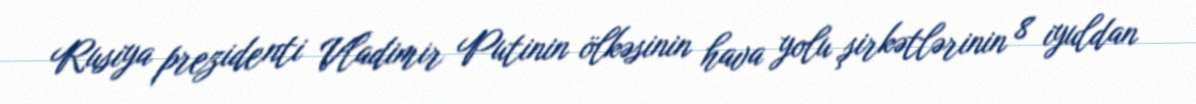
Rusiya prezidenti Vladimir Putinin ölkəsinin hava yolu şirkətlərinin 8 iyuldan